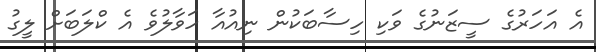
އެ އަހަރުގެ ސީޒަނުގެ ވަކި ހިސާބަކުން ނިއުއާ ހަވާލުވެ އެ ކްލަބަށް ލީގު